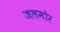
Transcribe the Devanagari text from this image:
जलमोर